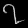
Digit: ၇